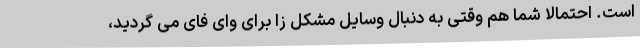
است. احتمالا شما هم وقتی به دنبال وسایل مشکل زا برای وای فای می گردید،